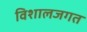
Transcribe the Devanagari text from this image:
विशालजगत